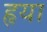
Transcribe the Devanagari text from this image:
हृया